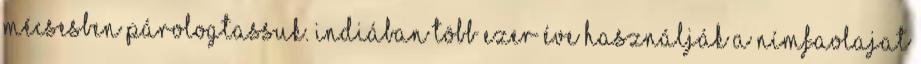
mécsesben párologtassuk. Indiában több ezer éve használják a nímfaolajat